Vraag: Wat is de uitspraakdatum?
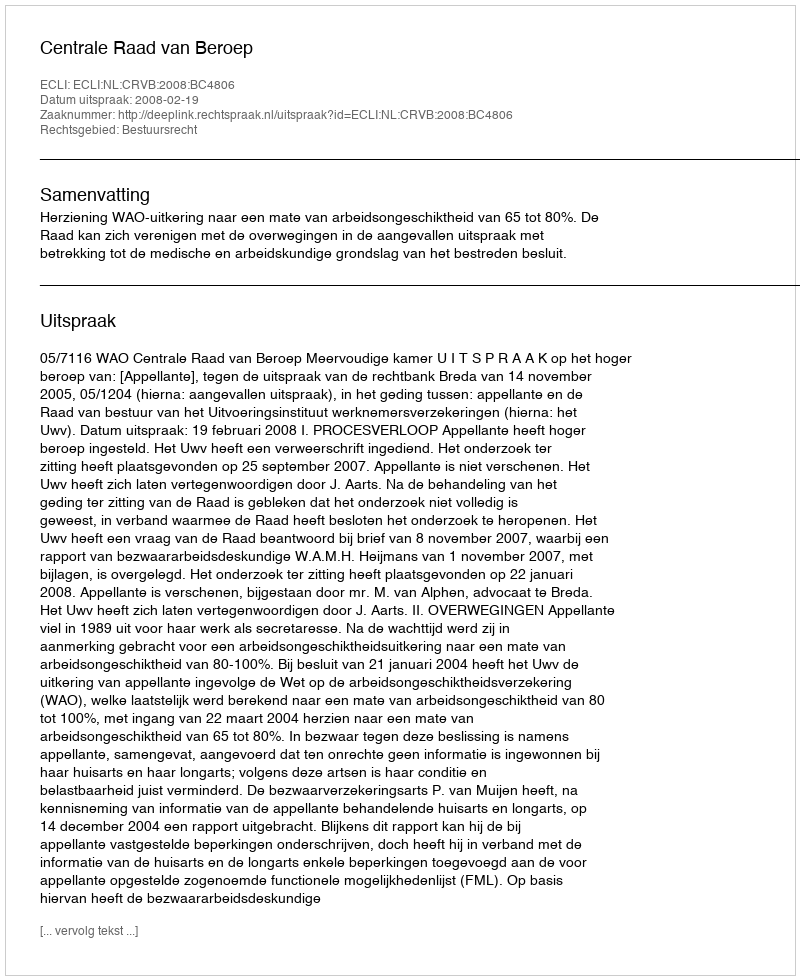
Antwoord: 2008-02-19